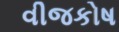
વીજકોષ